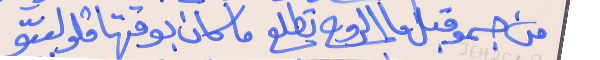
من جسمو قبل ما الروح تطلع     ما كان بوقتها قلو لبىّو